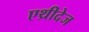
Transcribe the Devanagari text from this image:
एथ्रीदेज